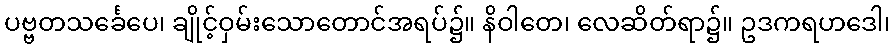
ပဗ္ဗတသင်္ခေပေ၊ ချိုင့်ဝှမ်းသောတောင်အရပ်၌။ နိဝါတေ၊ လေဆိတ်ရာ၌။ ဥဒကရဟဒေါ၊